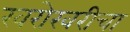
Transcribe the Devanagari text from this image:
खरोखरीचा